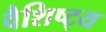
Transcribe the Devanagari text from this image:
वैशिष्ट्‍य